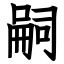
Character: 嗣